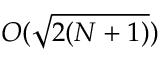
O ( \sqrt { 2 ( N + 1 ) } )